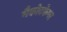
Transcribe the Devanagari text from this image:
मैकोटकेमर